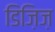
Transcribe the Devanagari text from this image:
डिज़िज़